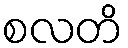
စလတိ